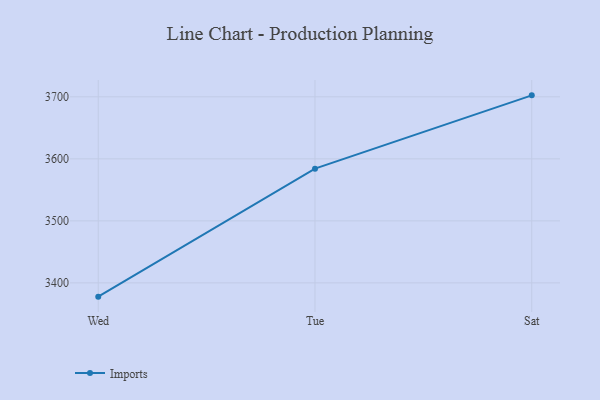
{"axis": {"x": "Day", "y": "Headcount"}, "legend": ["Imports"], "data": [{"x": "Wed", "y": 3377.8, "type": "Imports"}, {"x": "Tue", "y": 3584.2, "type": "Imports"}, {"x": "Sat", "y": 3702.4, "type": "Imports"}]}